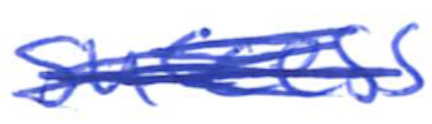
Text: success
Cross-out: scratch
Writing tool: ballpoint